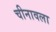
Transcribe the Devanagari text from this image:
चीनावला